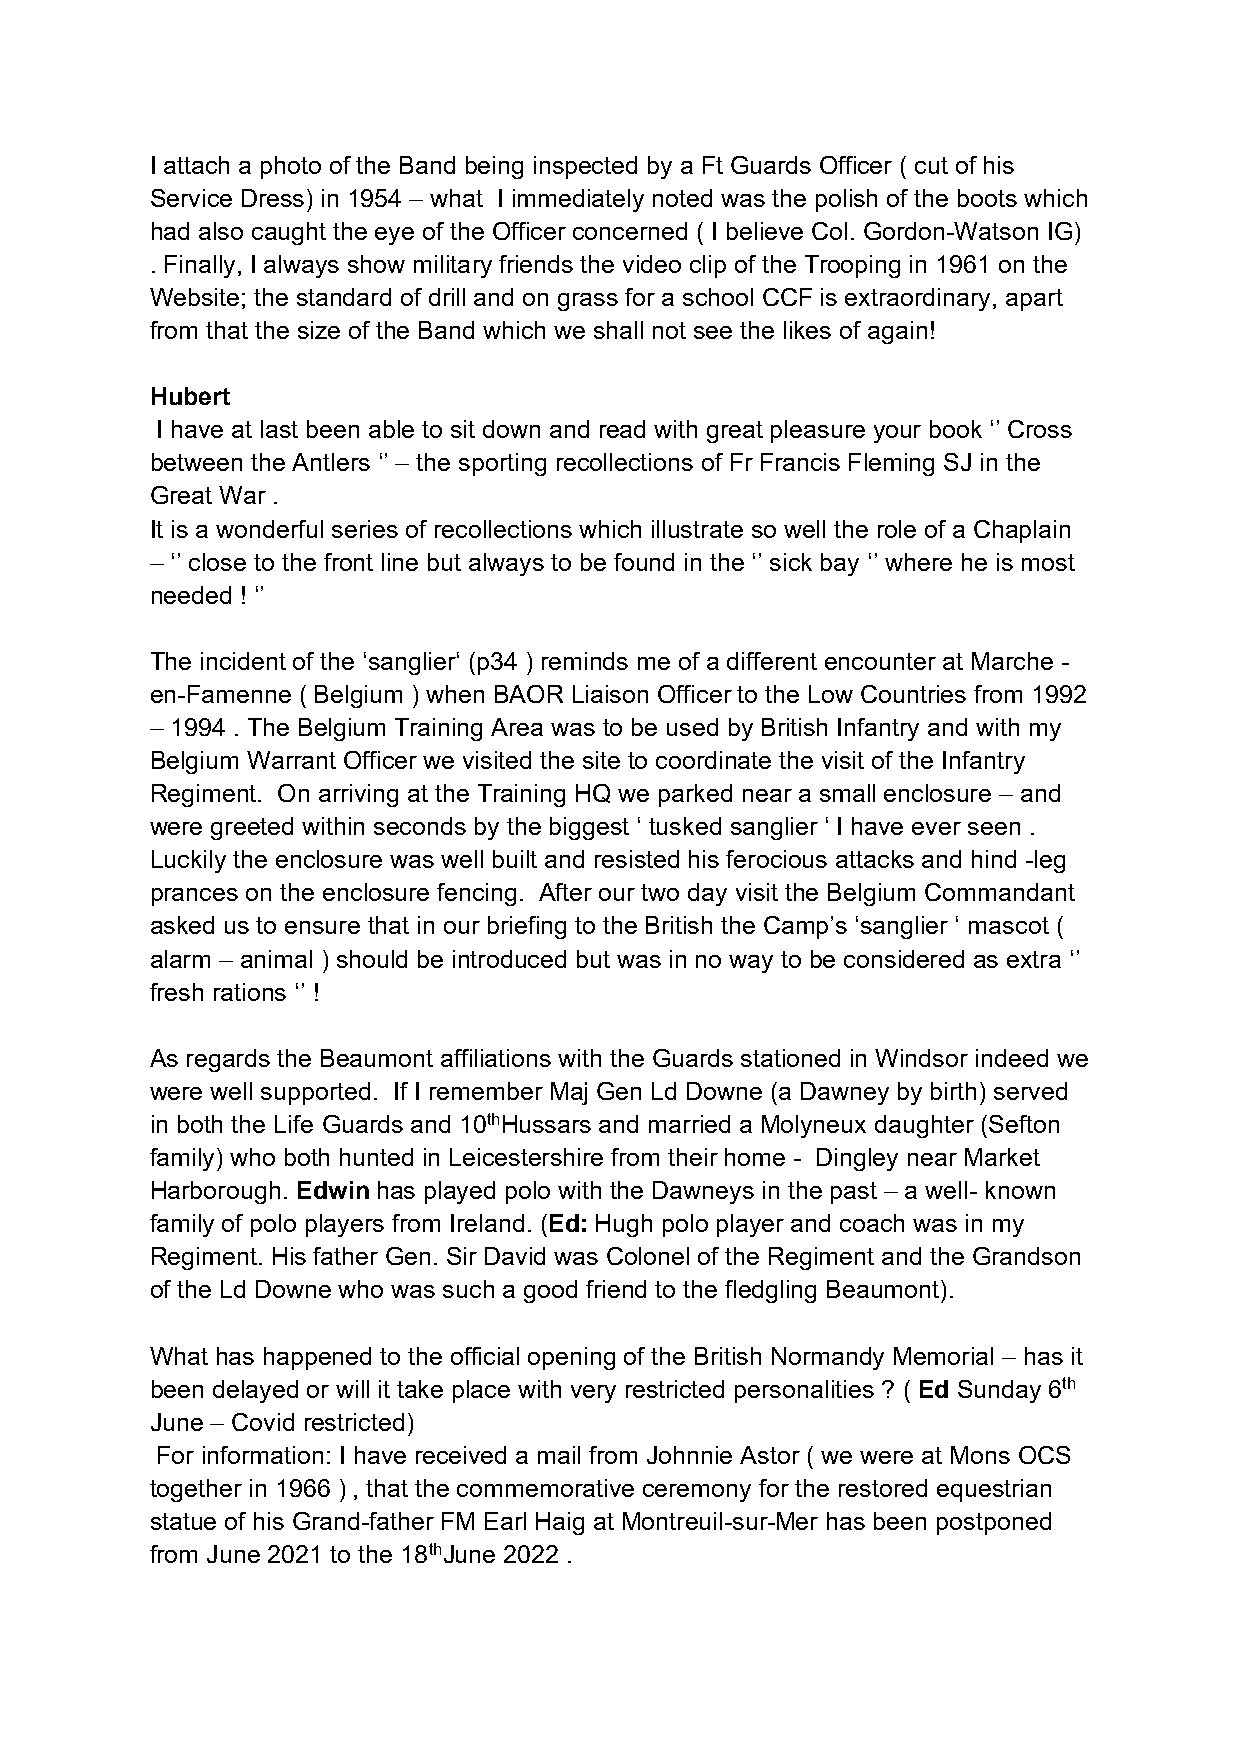
I attach a photo of the Band being inspected by a Ft Guards Officer ( cut of his
 Service Dress) in 1954 – what I immediately noted was the polish of the boots which
 had also caught the eye of the Officer concerned ( I believe Col. Gordon-Watson IG)
 . Finally, I always show military friends the video clip of the Trooping in 1961 on the
 Website; the standard of drill and on grass for a school CCF is extraordinary, apart
 from that the size of the Band which we shall not see the likes of again!
 Hubert
 I have at last been able to sit down and read with great pleasure your book ‘’ Cross
 between the Antlers ‘’ – the sporting recollections of Fr Francis Fleming SJ in the
 Great War .
 It is a wonderful series of recollections which illustrate so well the role of a Chaplain
 – ‘’ close to the front line but always to be found in the ‘’ sick bay ‘’ where he is most
 needed ! ‘’
 The incident of the ‘sanglier‘ (p34 ) reminds me of a different encounter at Marche -
 en-Famenne ( Belgium ) when BAOR Liaison Officer to the Low Countries from 1992
 – 1994 . The Belgium Training Area was to be used by British Infantry and with my
 Belgium Warrant Officer we visited the site to coordinate the visit of the Infantry
 Regiment. On arriving at the Training HQ we parked near a small enclosure – and
 were greeted within seconds by the biggest ‘ tusked sanglier ‘ I have ever seen .
 Luckily the enclosure was well built and resisted his ferocious attacks and hind -leg
 prances on the enclosure fencing. After our two day visit the Belgium Commandant
 asked us to ensure that in our briefing to the British the Camp’s ‘sanglier ‘ mascot (
 alarm – animal ) should be introduced but was in no way to be considered as extra ‘’
 fresh rations ‘’ !
 As regards the Beaumont affiliations with the Guards stationed in Windsor indeed we
 were well supported. If I remember Maj Gen Ld Downe (a Dawney by birth) served
 in both the Life Guards and 10thHussars and married a Molyneux daughter (Sefton
 family) who both hunted in Leicestershire from their home - Dingley near Market
 Harborough. Edwin has played polo with the Dawneys in the past – a well- known
 family of polo players from Ireland. (Ed: Hugh polo player and coach was in my
 Regiment. His father Gen. Sir David was Colonel of the Regiment and the Grandson
 of the Ld Downe who was such a good friend to the fledgling Beaumont).
 What has happened to the official opening of the British Normandy Memorial – has it
 been delayed or will it take place with very restricted personalities ? ( Ed Sunday 6th
 June – Covid restricted)
 For information: I have received a mail from Johnnie Astor ( we were at Mons OCS
 together in 1966 ) , that the commemorative ceremony for the restored equestrian
 statue of his Grand-father FM Earl Haig at Montreuil-sur-Mer has been postponed
 from June 2021 to the 18thJune 2022 .